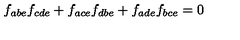
f _ { a b e } f _ { c d e } + f _ { a c e } f _ { d b e } + f _ { a d e } f _ { b c e } = 0